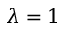
\lambda = 1